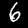
Digit: 6